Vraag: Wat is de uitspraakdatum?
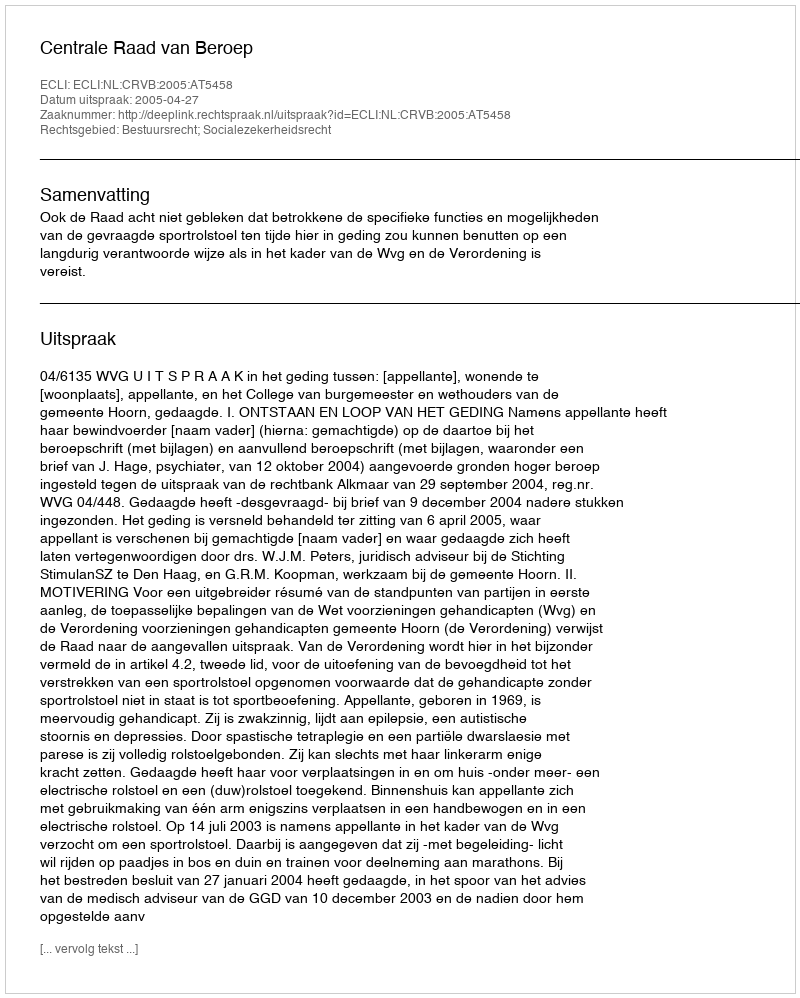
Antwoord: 2005-04-27